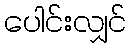
ပေါင်းလျှင်